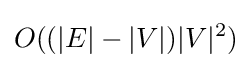
O((|E|-|V|)|V|^{2})